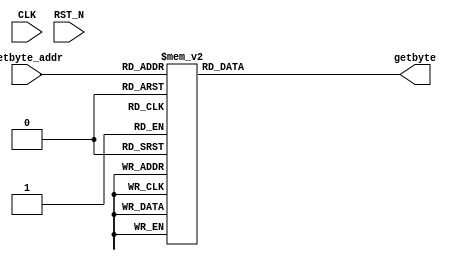
//
// Generated by Bluespec Compiler, version 2021.07-1-gaf77efcd (build af77efcd)
//
// On Sun Dec  5 23:47:14 IST 2021
//
//
// Ports:
// Name                         I/O  size props
// getbyte                        O     8
// CLK                            I     1 unused
// RST_N                          I     1 unused
// getbyte_addr                   I     8
//
// Combinational paths from inputs to outputs:
//   getbyte_addr -> getbyte
//
//

`ifdef BSV_ASSIGNMENT_DELAY
`else
  `define BSV_ASSIGNMENT_DELAY
`endif

`ifdef BSV_POSITIVE_RESET
  `define BSV_RESET_VALUE 1'b1
  `define BSV_RESET_EDGE posedge
`else
  `define BSV_RESET_VALUE 1'b0
  `define BSV_RESET_EDGE negedge
`endif

module mkInvSbox(CLK,
		 RST_N,

		 getbyte_addr,
		 getbyte);
  input  CLK;
  input  RST_N;

  // value method getbyte
  input  [7 : 0] getbyte_addr;
  output [7 : 0] getbyte;

  // signals for module outputs
  reg [7 : 0] getbyte;

  // value method getbyte
  always@(getbyte_addr)
  begin
    case (getbyte_addr)
      8'd0: getbyte = 8'h52;
      8'd1: getbyte = 8'h09;
      8'd2: getbyte = 8'h6A;
      8'd3: getbyte = 8'hD5;
      8'd4: getbyte = 8'h30;
      8'd5: getbyte = 8'h36;
      8'd6: getbyte = 8'hA5;
      8'd7: getbyte = 8'h38;
      8'd8: getbyte = 8'hBF;
      8'd9: getbyte = 8'h40;
      8'd10: getbyte = 8'hA3;
      8'd11: getbyte = 8'h9E;
      8'd12: getbyte = 8'h81;
      8'd13: getbyte = 8'hF3;
      8'd14: getbyte = 8'hD7;
      8'd15: getbyte = 8'hFB;
      8'd16: getbyte = 8'h7C;
      8'd17: getbyte = 8'hE3;
      8'd18: getbyte = 8'h39;
      8'd19: getbyte = 8'h82;
      8'd20: getbyte = 8'h9B;
      8'd21: getbyte = 8'h2F;
      8'd22: getbyte = 8'hFF;
      8'd23: getbyte = 8'h87;
      8'd24: getbyte = 8'h34;
      8'd25: getbyte = 8'h8E;
      8'd26: getbyte = 8'h43;
      8'd27: getbyte = 8'h44;
      8'd28: getbyte = 8'hC4;
      8'd29: getbyte = 8'hDE;
      8'd30: getbyte = 8'hE9;
      8'd31: getbyte = 8'hCB;
      8'd32: getbyte = 8'h54;
      8'd33: getbyte = 8'h7B;
      8'd34: getbyte = 8'h94;
      8'd35: getbyte = 8'h32;
      8'd36: getbyte = 8'hA6;
      8'd37: getbyte = 8'hC2;
      8'd38: getbyte = 8'h23;
      8'd39: getbyte = 8'h3D;
      8'd40: getbyte = 8'hEE;
      8'd41: getbyte = 8'h4C;
      8'd42: getbyte = 8'h95;
      8'd43: getbyte = 8'h0B;
      8'd44: getbyte = 8'h42;
      8'd45: getbyte = 8'hFA;
      8'd46: getbyte = 8'hC3;
      8'd47: getbyte = 8'h4E;
      8'd48: getbyte = 8'h08;
      8'd49: getbyte = 8'h2E;
      8'd50: getbyte = 8'hA1;
      8'd51: getbyte = 8'h66;
      8'd52: getbyte = 8'h28;
      8'd53: getbyte = 8'hD9;
      8'd54: getbyte = 8'h24;
      8'd55: getbyte = 8'hB2;
      8'd56: getbyte = 8'h76;
      8'd57: getbyte = 8'h5B;
      8'd58: getbyte = 8'hA2;
      8'd59: getbyte = 8'h49;
      8'd60: getbyte = 8'h6D;
      8'd61: getbyte = 8'h8B;
      8'd62: getbyte = 8'hD1;
      8'd63: getbyte = 8'h25;
      8'd64: getbyte = 8'h72;
      8'd65: getbyte = 8'hF8;
      8'd66: getbyte = 8'hF6;
      8'd67: getbyte = 8'h64;
      8'd68: getbyte = 8'h86;
      8'd69: getbyte = 8'h68;
      8'd70: getbyte = 8'h98;
      8'd71: getbyte = 8'h16;
      8'd72: getbyte = 8'hD4;
      8'd73: getbyte = 8'hA4;
      8'd74: getbyte = 8'h5C;
      8'd75: getbyte = 8'hCC;
      8'd76: getbyte = 8'h5D;
      8'd77: getbyte = 8'h65;
      8'd78: getbyte = 8'hB6;
      8'd79: getbyte = 8'h92;
      8'd80: getbyte = 8'h6C;
      8'd81: getbyte = 8'h70;
      8'd82: getbyte = 8'h48;
      8'd83: getbyte = 8'h50;
      8'd84: getbyte = 8'hFD;
      8'd85: getbyte = 8'hED;
      8'd86: getbyte = 8'hB9;
      8'd87: getbyte = 8'hDA;
      8'd88: getbyte = 8'h5E;
      8'd89: getbyte = 8'h15;
      8'd90: getbyte = 8'h46;
      8'd91: getbyte = 8'h57;
      8'd92: getbyte = 8'hA7;
      8'd93: getbyte = 8'h8D;
      8'd94: getbyte = 8'h9D;
      8'd95: getbyte = 8'h84;
      8'd96: getbyte = 8'h90;
      8'd97: getbyte = 8'hD8;
      8'd98: getbyte = 8'hAB;
      8'd99: getbyte = 8'h0;
      8'd100: getbyte = 8'h8C;
      8'd101: getbyte = 8'hBC;
      8'd102: getbyte = 8'hD3;
      8'd103: getbyte = 8'h0A;
      8'd104: getbyte = 8'hF7;
      8'd105: getbyte = 8'hE4;
      8'd106: getbyte = 8'h58;
      8'd107: getbyte = 8'h05;
      8'd108: getbyte = 8'hB8;
      8'd109: getbyte = 8'hB3;
      8'd110: getbyte = 8'h45;
      8'd111: getbyte = 8'h06;
      8'd112: getbyte = 8'hD0;
      8'd113: getbyte = 8'h2C;
      8'd114: getbyte = 8'h1E;
      8'd115: getbyte = 8'h8F;
      8'd116: getbyte = 8'hCA;
      8'd117: getbyte = 8'h3F;
      8'd118: getbyte = 8'h0F;
      8'd119: getbyte = 8'h02;
      8'd120: getbyte = 8'hC1;
      8'd121: getbyte = 8'hAF;
      8'd122: getbyte = 8'hBD;
      8'd123: getbyte = 8'h03;
      8'd124: getbyte = 8'h01;
      8'd125: getbyte = 8'h13;
      8'd126: getbyte = 8'h8A;
      8'd127: getbyte = 8'h6B;
      8'd128: getbyte = 8'h3A;
      8'd129: getbyte = 8'h91;
      8'd130: getbyte = 8'h11;
      8'd131: getbyte = 8'h41;
      8'd132: getbyte = 8'h4F;
      8'd133: getbyte = 8'h67;
      8'd134: getbyte = 8'hDC;
      8'd135: getbyte = 8'hEA;
      8'd136: getbyte = 8'h97;
      8'd137: getbyte = 8'hF2;
      8'd138: getbyte = 8'hCF;
      8'd139: getbyte = 8'hCE;
      8'd140: getbyte = 8'hF0;
      8'd141: getbyte = 8'hB4;
      8'd142: getbyte = 8'hE6;
      8'd143: getbyte = 8'h73;
      8'd144: getbyte = 8'h96;
      8'd145: getbyte = 8'hAC;
      8'd146: getbyte = 8'h74;
      8'd147: getbyte = 8'h22;
      8'd148: getbyte = 8'hE7;
      8'd149: getbyte = 8'hAD;
      8'd150: getbyte = 8'h35;
      8'd151: getbyte = 8'h85;
      8'd152: getbyte = 8'hE2;
      8'd153: getbyte = 8'hF9;
      8'd154: getbyte = 8'h37;
      8'd155: getbyte = 8'hE8;
      8'd156: getbyte = 8'h1C;
      8'd157: getbyte = 8'h75;
      8'd158: getbyte = 8'hDF;
      8'd159: getbyte = 8'h6E;
      8'd160: getbyte = 8'h47;
      8'd161: getbyte = 8'hF1;
      8'd162: getbyte = 8'h1A;
      8'd163: getbyte = 8'h71;
      8'd164: getbyte = 8'h1D;
      8'd165: getbyte = 8'h29;
      8'd166: getbyte = 8'hC5;
      8'd167: getbyte = 8'h89;
      8'd168: getbyte = 8'h6F;
      8'd169: getbyte = 8'hB7;
      8'd170: getbyte = 8'h62;
      8'd171: getbyte = 8'h0E;
      8'd172: getbyte = 8'hAA;
      8'd173: getbyte = 8'h18;
      8'd174: getbyte = 8'hBE;
      8'd175: getbyte = 8'h1B;
      8'd176: getbyte = 8'hFC;
      8'd177: getbyte = 8'h56;
      8'd178: getbyte = 8'h3E;
      8'd179: getbyte = 8'h4B;
      8'd180: getbyte = 8'hC6;
      8'd181: getbyte = 8'hD2;
      8'd182: getbyte = 8'h79;
      8'd183: getbyte = 8'h20;
      8'd184: getbyte = 8'h9A;
      8'd185: getbyte = 8'hDB;
      8'd186: getbyte = 8'hC0;
      8'd187: getbyte = 8'hFE;
      8'd188: getbyte = 8'h78;
      8'd189: getbyte = 8'hCD;
      8'd190: getbyte = 8'h5A;
      8'd191: getbyte = 8'hF4;
      8'd192: getbyte = 8'h1F;
      8'd193: getbyte = 8'hDD;
      8'd194: getbyte = 8'hA8;
      8'd195: getbyte = 8'h33;
      8'd196: getbyte = 8'h88;
      8'd197: getbyte = 8'h07;
      8'd198: getbyte = 8'hC7;
      8'd199: getbyte = 8'h31;
      8'd200: getbyte = 8'hB1;
      8'd201: getbyte = 8'h12;
      8'd202: getbyte = 8'h10;
      8'd203: getbyte = 8'h59;
      8'd204: getbyte = 8'h27;
      8'd205: getbyte = 8'h80;
      8'd206: getbyte = 8'hEC;
      8'd207: getbyte = 8'h5F;
      8'd208: getbyte = 8'h60;
      8'd209: getbyte = 8'h51;
      8'd210: getbyte = 8'h7F;
      8'd211: getbyte = 8'hA9;
      8'd212: getbyte = 8'h19;
      8'd213: getbyte = 8'hB5;
      8'd214: getbyte = 8'h4A;
      8'd215: getbyte = 8'h0D;
      8'd216: getbyte = 8'h2D;
      8'd217: getbyte = 8'hE5;
      8'd218: getbyte = 8'h7A;
      8'd219: getbyte = 8'h9F;
      8'd220: getbyte = 8'h93;
      8'd221: getbyte = 8'hC9;
      8'd222: getbyte = 8'h9C;
      8'd223: getbyte = 8'hEF;
      8'd224: getbyte = 8'hA0;
      8'd225: getbyte = 8'hE0;
      8'd226: getbyte = 8'h3B;
      8'd227: getbyte = 8'h4D;
      8'd228: getbyte = 8'hAE;
      8'd229: getbyte = 8'h2A;
      8'd230: getbyte = 8'hF5;
      8'd231: getbyte = 8'hB0;
      8'd232: getbyte = 8'hC8;
      8'd233: getbyte = 8'hEB;
      8'd234: getbyte = 8'hBB;
      8'd235: getbyte = 8'h3C;
      8'd236: getbyte = 8'h83;
      8'd237: getbyte = 8'h53;
      8'd238: getbyte = 8'h99;
      8'd239: getbyte = 8'h61;
      8'd240: getbyte = 8'h17;
      8'd241: getbyte = 8'h2B;
      8'd242: getbyte = 8'h04;
      8'd243: getbyte = 8'h7E;
      8'd244: getbyte = 8'hBA;
      8'd245: getbyte = 8'h77;
      8'd246: getbyte = 8'hD6;
      8'd247: getbyte = 8'h26;
      8'd248: getbyte = 8'hE1;
      8'd249: getbyte = 8'h69;
      8'd250: getbyte = 8'h14;
      8'd251: getbyte = 8'h63;
      8'd252: getbyte = 8'h55;
      8'd253: getbyte = 8'h21;
      8'd254: getbyte = 8'h0C;
      8'd255: getbyte = 8'h7D;
    endcase
  end
endmodule  // mkInvSbox